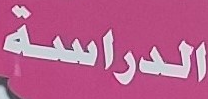
الدراسة